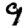
Digit: 9